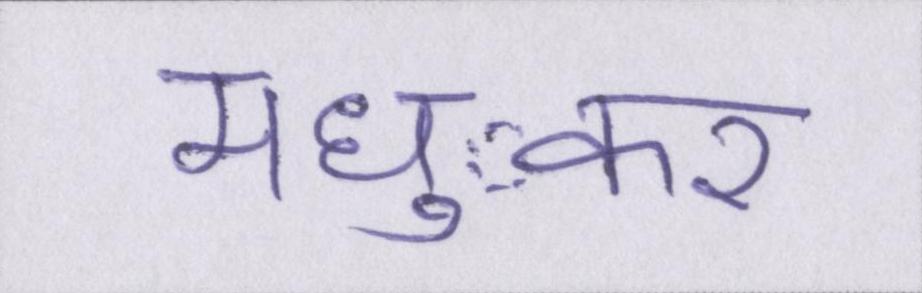
मध्ुकर